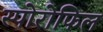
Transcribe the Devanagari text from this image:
स्पोरोफिल